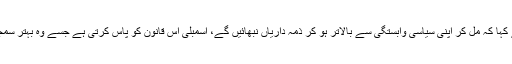
انہوں نے کہا کہ مل کر اپنی سیاسی وابستگی سے بالاتر ہو کر ذمہ داریاں نبھائیں گے، اسمبلی اس قانون کو پاس کرتی ہے جسے وہ بہتر سمجھتی ہے۔